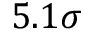
5 . 1 \sigma